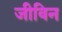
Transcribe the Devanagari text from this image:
जीविन